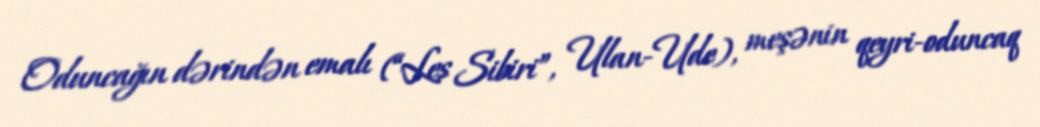
Oduncağın dərindən emalı (“Les Sibiri”, Ulan-Ude), meşənin qeyri-oduncaq